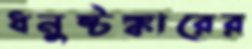
ধনুষ্টঙ্কারের